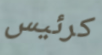
كرئيس